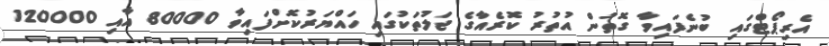
އެރިޕޯޓްގައި ބުނެފައިވާ ގޮތުން އުތުރު ކޮރެއާގެ ޖަލުތަކުގައި ހައްޔަރުކޮށްފައިވާ 80000 އާއި 120000